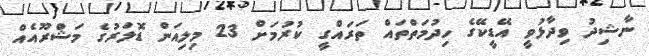
ނާޝިދު ވިދާޅުވީ އޭޑީކޭގެ ހިދުމަތްތައް ތަރައްގީ ކުރުމަށް 23 މިލިއަން ޑޮލަރުގެ މަޝްރޫއެއް